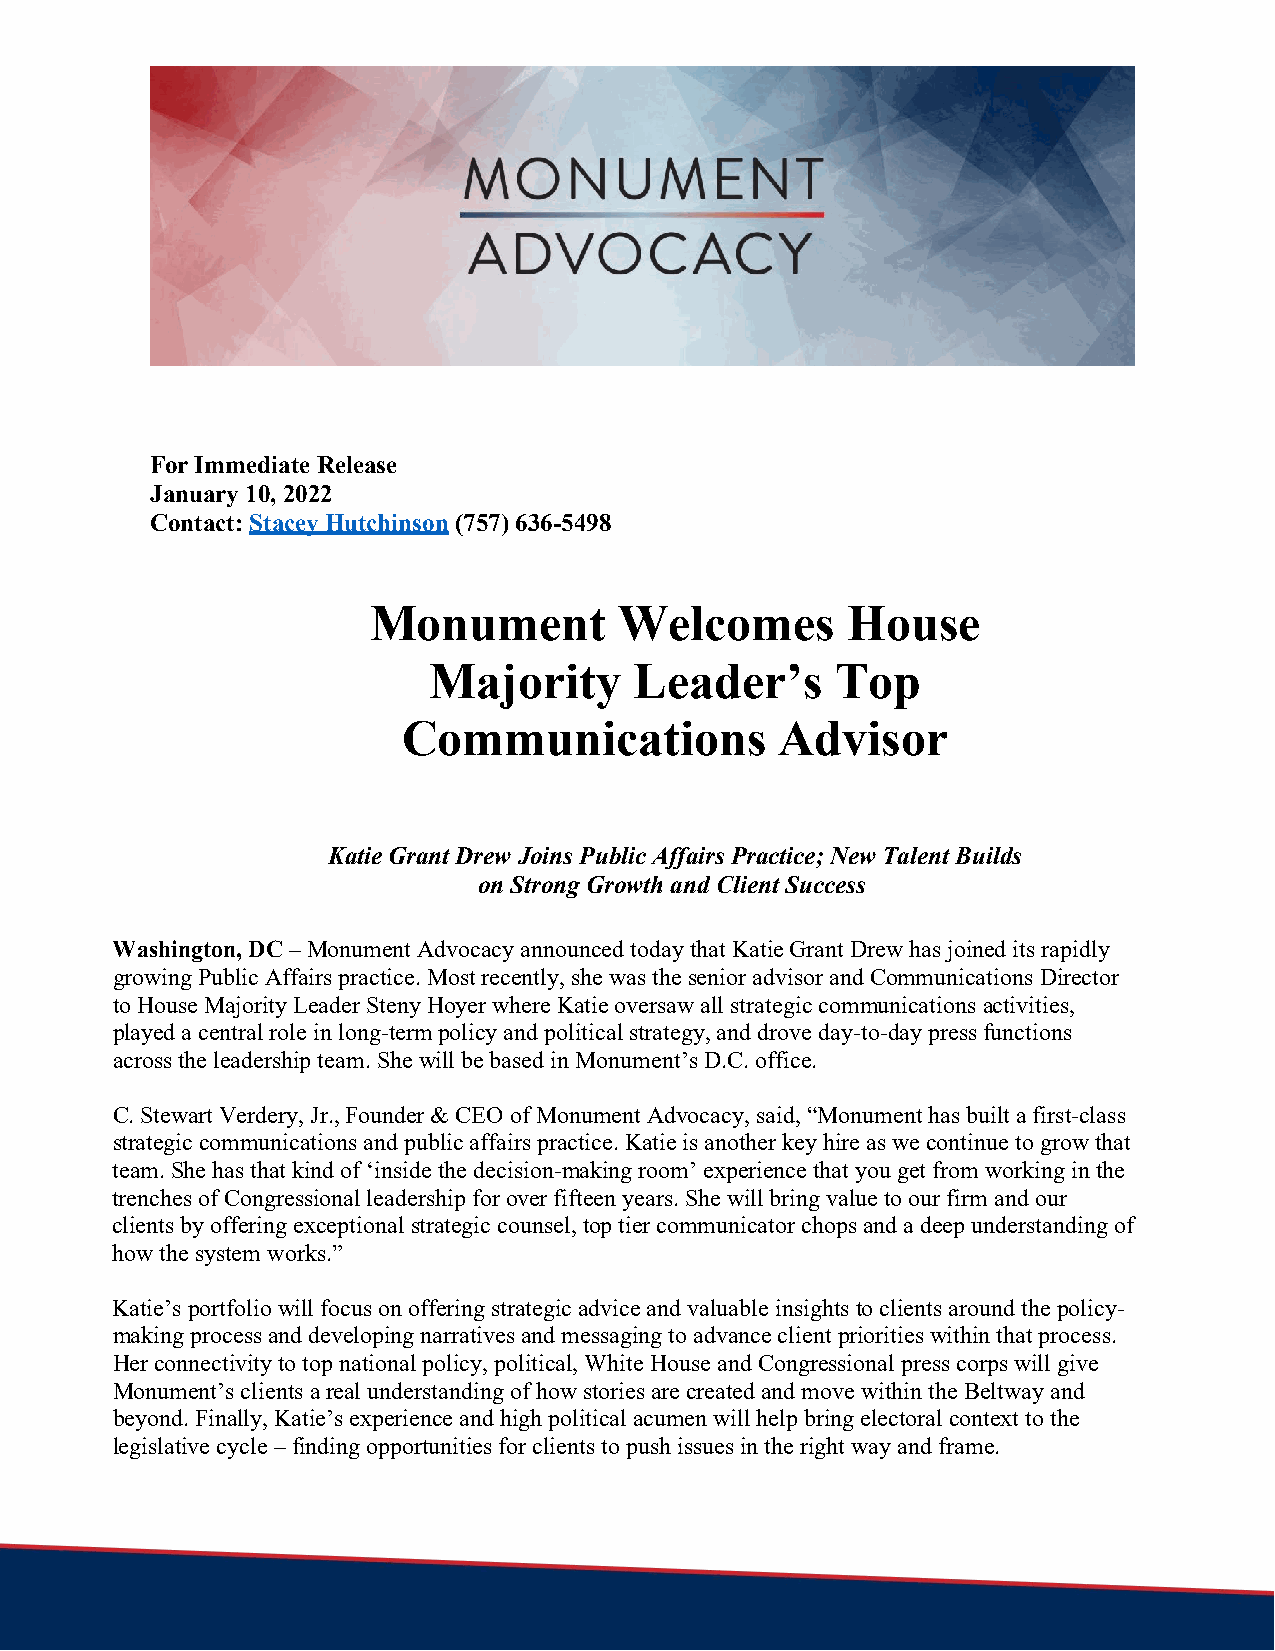
For Immediate Release
 January 10, 2022
 Contact: Stacey Hutchinson (757) 636-5498
 Monument         Welcomes       House
 Majority      Leader’s     Top
 Communications           Advisor
 Katie Grant Drew Joins Public Affairs Practice; New Talent Builds
 on Strong Growth and Client Success
 Washington, DC – Monument Advocacy announced today that Katie Grant Drew has joined its rapidly
 growing Public Affairs practice. Most recently, she was the senior advisor and Communications Director
 to House Majority Leader Steny Hoyer where Katie oversaw all strategic communications activities,
 played a central role in long-term policy and political strategy, and drove day-to-day press functions
 across the leadership team. She will be based in Monument’s D.C. office.
 C. Stewart Verdery, Jr., Founder & CEO of Monument Advocacy, said, “Monument has built a first-class
 strategic communications and public affairs practice. Katie is another key hire as we continue to grow that
 team. She has that kind of ‘inside the decision-making room’ experience that you get from working in the
 trenches of Congressional leadership for over fifteen years. She will bring value to our firm and our
 clients by offering exceptional strategic counsel, top tier communicator chops and a deep understanding of
 how the system works.”
 Katie’s portfolio will focus on offering strategic advice and valuable insights to clients around the policy-
 making process and developing narratives and messaging to advance client priorities within that process.
 Her connectivity to top national policy, political, White House and Congressional press corps will give
 Monument’s clients a real understanding of how stories are created and move within the Beltway and
 beyond. Finally, Katie’s experience and high political acumen will help bring electoral context to the
 legislative cycle – finding opportunities for clients to push issues in the right way and frame.